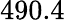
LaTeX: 490.4